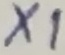
Text: X1